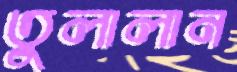
তুলালান